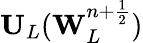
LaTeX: \mathbf{U}_{L}(\mathbf{W}_{L}^{n+\frac{1}{2}})